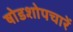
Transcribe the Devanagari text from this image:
षोडशोपचारें